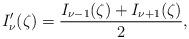
LaTeX: \begin{align*}I'_{\nu}(\zeta )=\frac{I_{\nu-1}(\zeta )+I_{\nu+1}(\zeta )}{2},\end{align*}